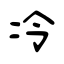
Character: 冷